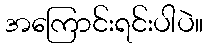
အကြောင်းရင်းပါပဲ။